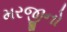
મરજીનો